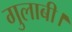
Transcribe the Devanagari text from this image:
गुलाबी।